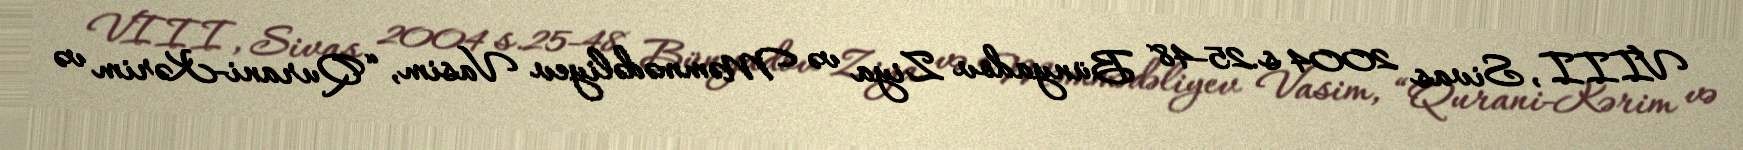
VIII, Sivas 2004 s.25-48 Bünyadov Ziya və Məmmədəliyev Vasim, “Qurani-Kərim və